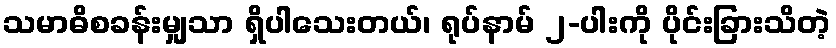
သမာဓိစခန်းမျှသာ ရှိပါသေးတယ်၊ ရုပ်နာမ် ၂-ပါးကို ပိုင်းခြားသိတဲ့